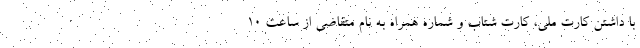
با داشتن کارت ملی، کارت شتاب و شماره همراه به نام متقاضی از ساعت ۱۰